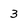
Character: 3